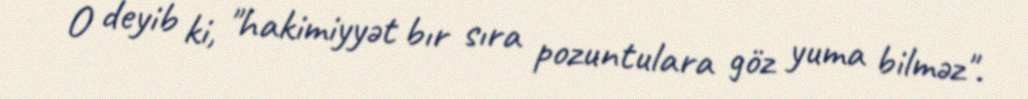
O deyib ki, "hakimiyyət bır sıra pozuntulara göz yuma bilməz".